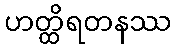
ဟတ္ထိရတနဿ